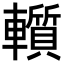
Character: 𨏑